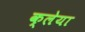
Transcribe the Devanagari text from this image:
क्लेया